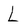
Character: L